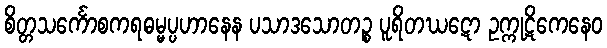
စိတ္တသင်္ကောစကရဓမ္မပ္ပဟာနေန ပသာဒသောတဉ္စ ပူရိတဃဋော ဥက္ကုဋိကေနေဝ